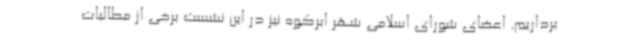
برداریم. اعضای شورای اسلامی شهر ابرکوه نیز در این نشست برخی از مطالبات